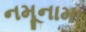
નમૂનામા